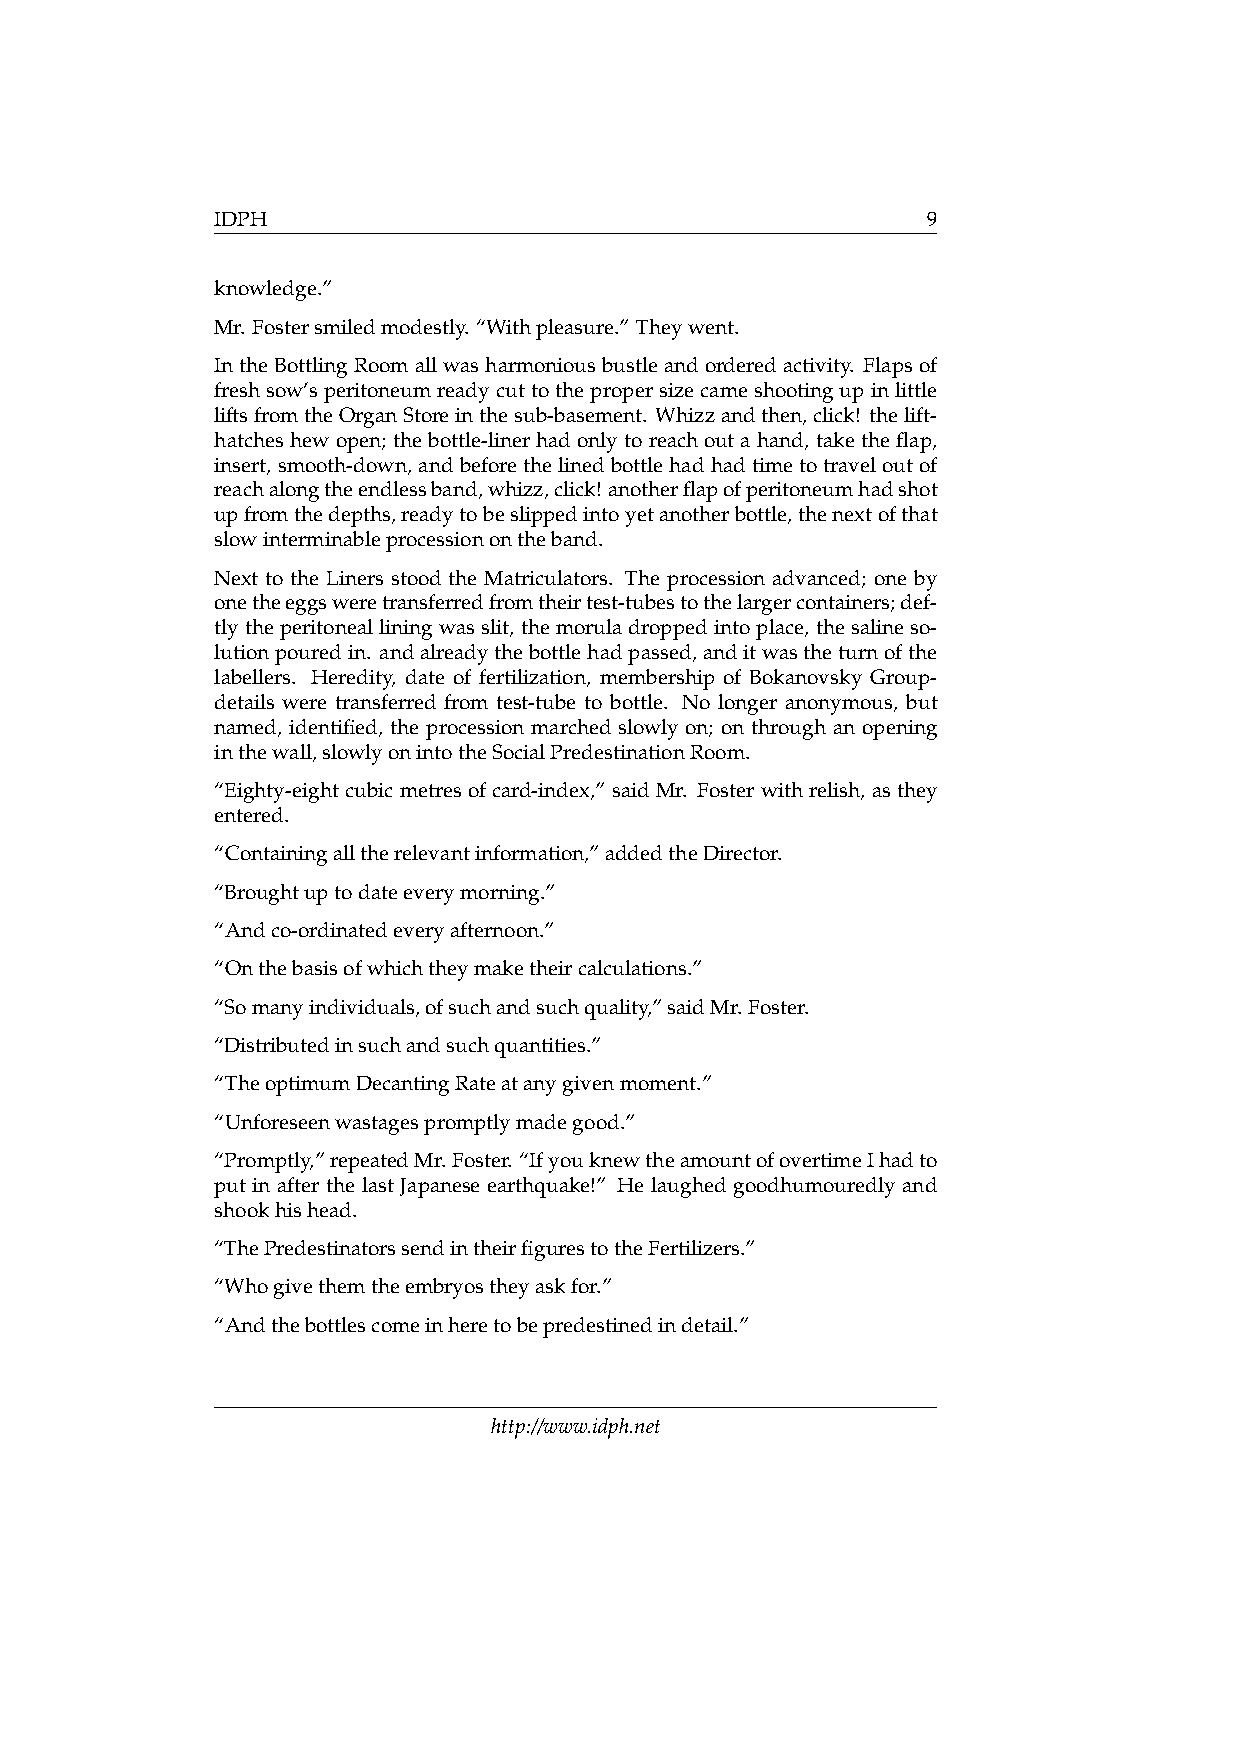
IDPH                                           9
 knowledge.”
 Mr. Fostersmiledmodestly. “Withpleasure.” Theywent.
 IntheBottlingRoomallwasharmoniousbustleandorderedactivity. Flapsof
 freshsow’speritoneumreadycuttothepropersizecameshootingupinlittle
 liftsfromtheOrganStoreinthesub-basement. Whizzandthen,click! thelift-
 hatcheshewopen; thebottle-linerhadonlytoreachoutahand, taketheflap,
 insert, smooth-down, andbeforethelinedbottlehadhadtimetotraveloutof
 reachalongtheendlessband,whizz,click!anotherflapofperitoneumhadshot
 upfromthedepths,readytobeslippedintoyetanotherbottle,thenextofthat
 slowinterminableprocessionontheband.
 Next to the Liners stood the Matriculators. The procession advanced; one by
 onetheeggsweretransferredfromtheirtest-tubestothelargercontainers;def-
 tlytheperitonealliningwasslit, themoruladroppedintoplace, thesalineso-
 lutionpouredin. andalreadythebottlehadpassed,anditwastheturnofthe
 labellers. Heredity, date of fertilization, membership of Bokanovsky Group-
 details were transferred from test-tube to bottle. No longer anonymous, but
 named, identified, the procession marched slowly on; on through an opening
 inthewall,slowlyonintotheSocialPredestinationRoom.
 “Eighty-eightcubicmetresofcard-index,” saidMr. Fosterwithrelish, asthey
 entered.
 “Containingalltherelevantinformation,”addedtheDirector.
 “Broughtuptodateeverymorning.”
 “Andco-ordinatedeveryafternoon.”
 “Onthebasisofwhichtheymaketheircalculations.”
 “Somanyindividuals,ofsuchandsuchquality,”saidMr. Foster.
 “Distributedinsuchandsuchquantities.”
 “TheoptimumDecantingRateatanygivenmoment.”
 “Unforeseenwastagespromptlymadegood.”
 “Promptly,”repeatedMr. Foster. “IfyouknewtheamountofovertimeIhadto
 put in after the last Japanese earthquake!” He laughed goodhumouredly and
 shookhishead.
 “ThePredestinatorssendintheirfigurestotheFertilizers.”
 “Whogivethemtheembryostheyaskfor.”
 “Andthebottlescomeinheretobepredestinedindetail.”
 http://www.idph.net